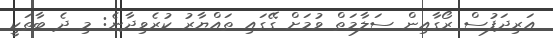
އަރިދަފުސް ރޯގާއިން ސަލާމަތް ވުމަށް ގޭގައި ތައްޔާރު ކުރެވިދާނެ: މި ދެ ބާތަކީ